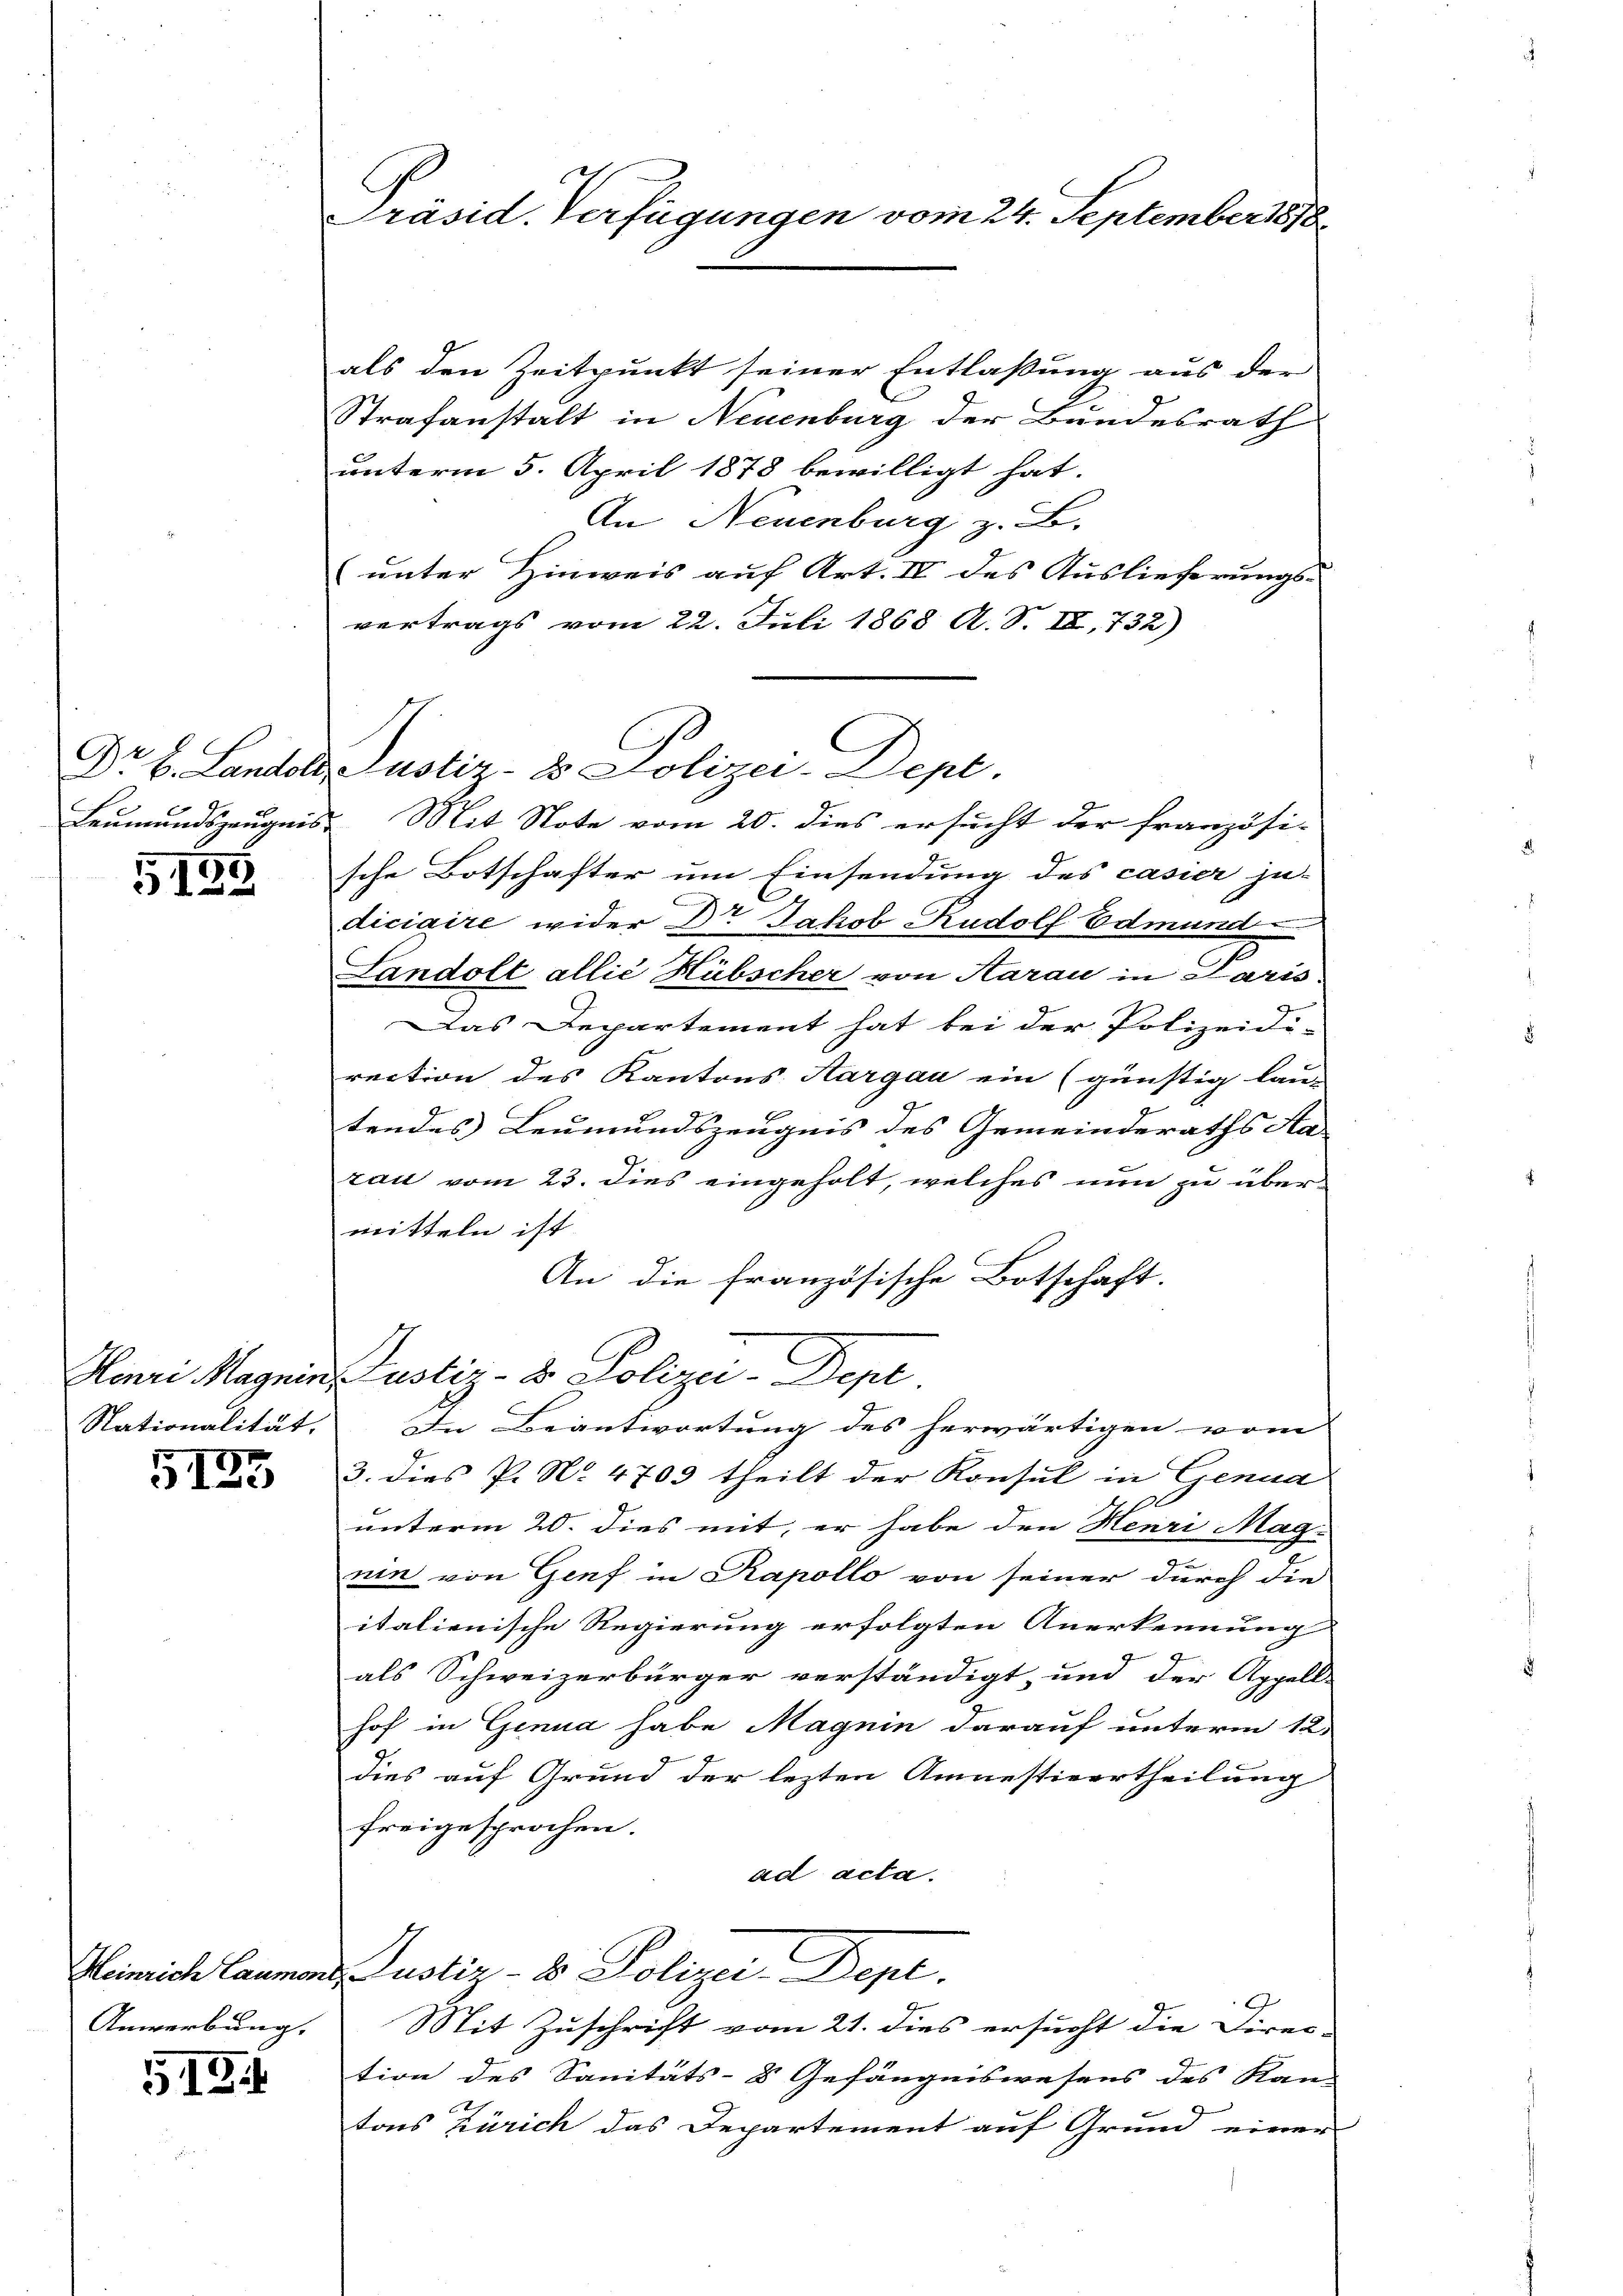
5135

Nationalität.

5125

Anwerbung. |

5134

Präsid. Verfügungen vom 24. September 1890

Dr H. Landole Justiz- & Polizei-Dept.

als den Zeitpunkt seiner Entlaßung aus der
Strafanstalt in Neuenburg der Bundesrath
unterm 5. April 1878 bewilligt hat.
An Neuenburg z. B.
unter Hinweis auf Art. IV des Auslieferungs-
vertrags vom 22. Juli 1868 A. S. II, 732)
Leumundszeugnis. Mit Note vom 20. dies ersucht der französi-
sche Botschafter um Einsendung des casier ju-
diciaire wider Dr Jakob Rudolf Edmund
2
Landolt allié Hübscher von Aarau in Paris.
Das Departement hat bei der Polizeidi-
rection des Kantons Aargau ein (günstig lau-
tendes Leumundszeugnis des Gemeinderaths Aa-
zau vom 23. dies eingeholt, welches nun zu übermitteln ist.
An die französische Botschaft.
Henri Magnie Justiz- & Polizei-Dept.
In Beantwortung des herwärtigen vom
3. dies P. No. 4703 theilt der Konsul in Genua
unterm 20. dies mit, er habe den Henri Mag-
nin von Genf in Kapollo von seiner durch die
italienische Regierung erfolgten Anerkennung
als Schweizerbürger verständigt, und der Appell-
hof in Genua habe Magnin darauf unterm 12.
dies auf Grund der lezten Amnestivertheilung
freigesprochen.
ad acta.
Heinrich Saumens Justiz- & Polizei-Dept.
Mit Zuschrift vom 21. dies ersucht die Direc-
tion des Sanitäts- Gefängniswesens des Kan-
tons Zürich das Departement auf Grund einer

C